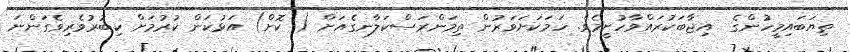
ތިޔަބައިމީހުންގެ  އިޖާބަކުރައްވާހުށީމެވެ. ހަމަކަށަވަރުން ތިމަންރަސްކަލާނގެއަށް ( ކޮށް) އަޅުކަން ކުރުމަށް ކިބުރުވެރިވެގަންނަ